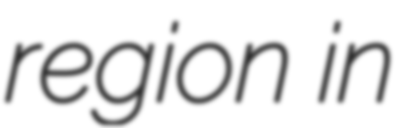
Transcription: region in